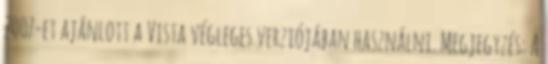
2007-et ajánlott a Vista végleges verziójában használni. Megjegyzés: A